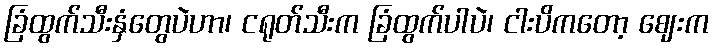
ခြံထွက်သီးနှံတွေပဲဟာ၊ ငရုတ်သီးက ခြံထွက်ပါပဲ၊ ငါးပိကတော့ ဈေးက